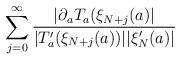
LaTeX: \begin{align*} \sum_{j=0}^{\infty} \frac{|\partial_a T_a(\xi_{N+j}(a)|}{|T_a'(\xi_{N+j}(a)) ||\xi_N'(a)|} \end{align*}